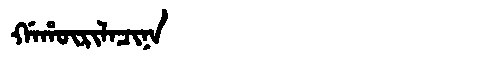
Manchu: ᡤᠠᡥᡡᡵᡳᠯᠠᠴᡳᠨᠠ
Romanization: GAHŪRILACINA